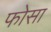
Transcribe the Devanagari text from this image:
फोसा